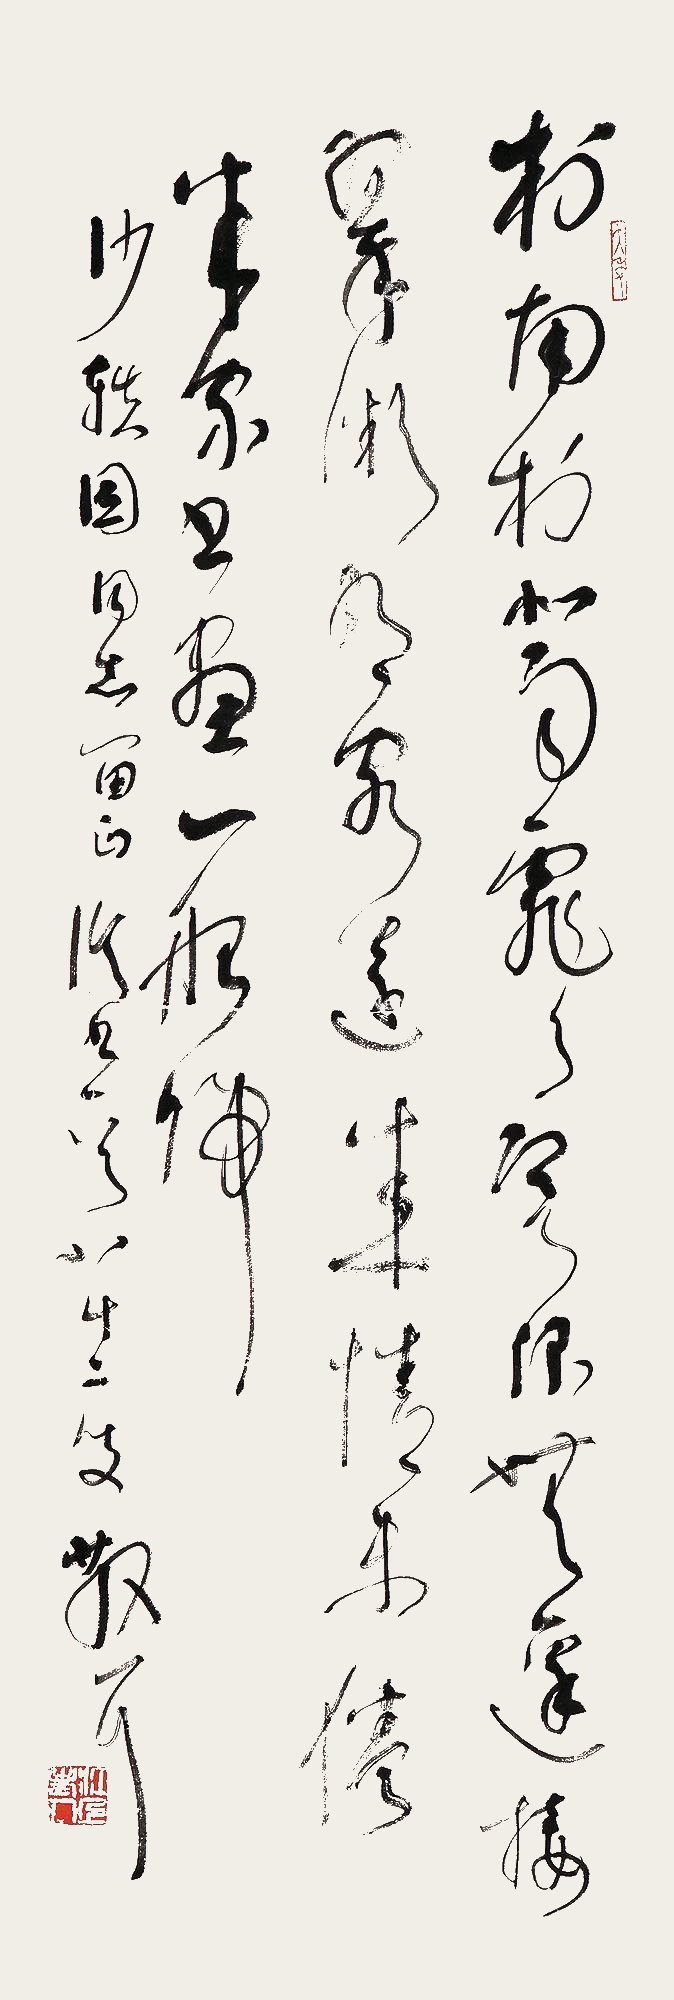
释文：村南村北雨霏霏，寒浪无边接翠微。有客远来行未倦，米家书画一船归。沙轶因同志留正，临书一首，八十二叟散耳。